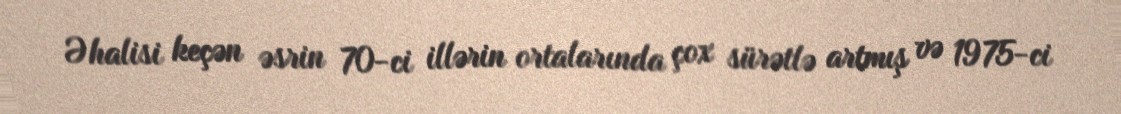
Əhalisi keçən əsrin 70-ci illərin ortalarında çox sürətlə artmış və 1975-ci